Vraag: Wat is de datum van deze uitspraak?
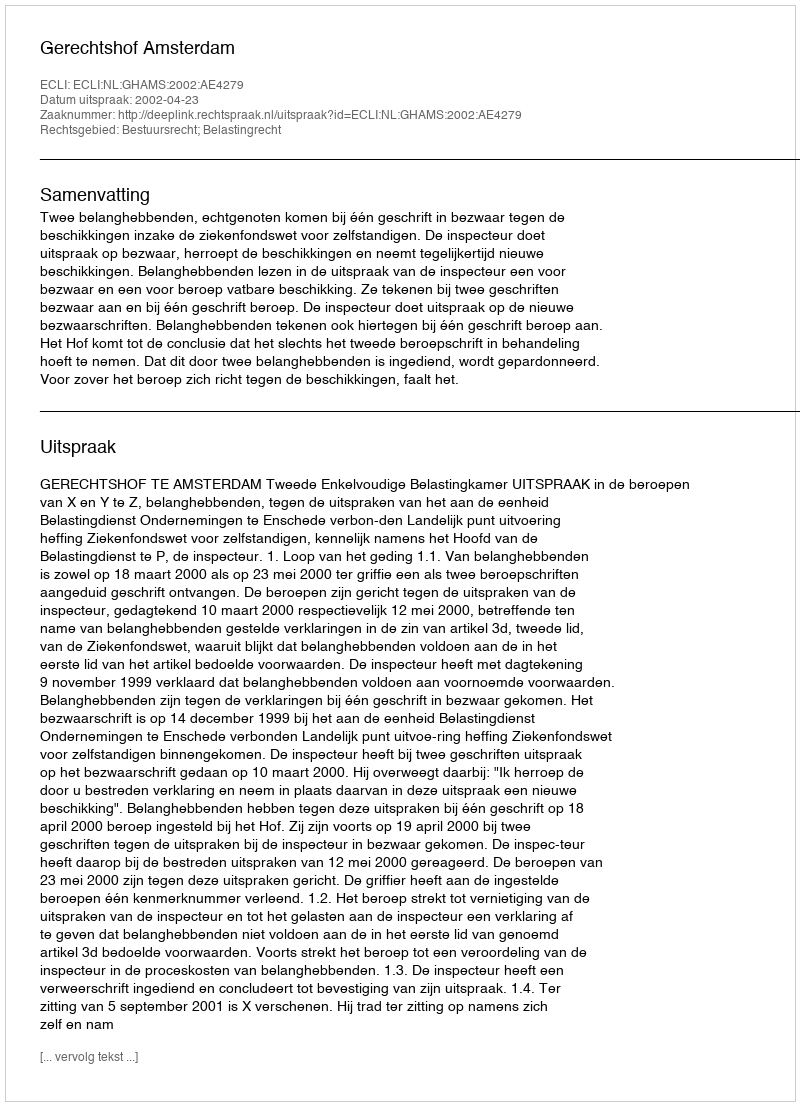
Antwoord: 2002-04-23